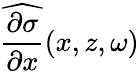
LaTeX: \widehat{\frac{\partial\sigma}{\partial x}}(x,z,\omega)